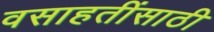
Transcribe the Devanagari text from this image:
वसाहतींसाठी